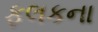
ફલકના